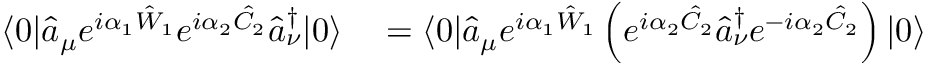
\begin{array} { r l } { \langle 0 | \hat { a } _ { \mu } e ^ { i \alpha _ { 1 } \hat { W } _ { 1 } } e ^ { i \alpha _ { 2 } \hat { C } _ { 2 } } \hat { a } _ { \nu } ^ { \dagger } | 0 \rangle } & { { } = \langle 0 | \hat { a } _ { \mu } e ^ { i \alpha _ { 1 } \hat { W } _ { 1 } } \left( e ^ { i \alpha _ { 2 } \hat { C } _ { 2 } } \hat { a } _ { \nu } ^ { \dagger } e ^ { - i \alpha _ { 2 } \hat { C } _ { 2 } } \right) | 0 \rangle } \end{array}